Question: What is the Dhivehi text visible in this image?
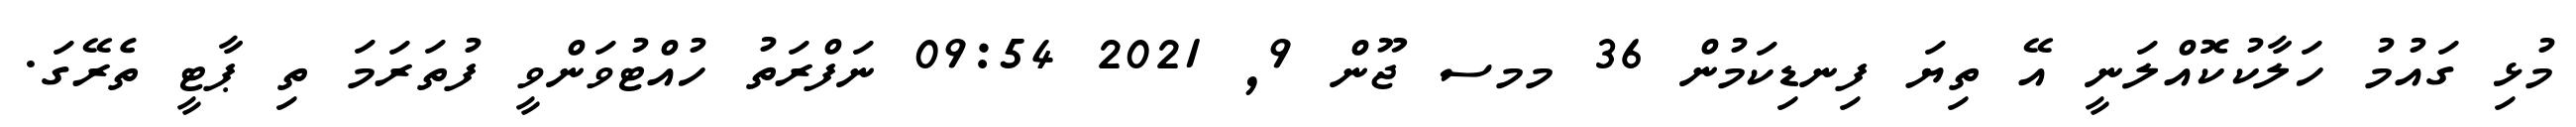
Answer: މުޅި ގައުމު ހަލާކުކޮއްލަނީ އޭ ތިޔަ ފިނޑިކަމުން 36 މމސ ޖޫން 9, 2021 09:54 ނަފްރަތު ހުއްޓުވަންވީ ފުތަރަމަ ތި ޕާޓީ ތެރޭގަ.